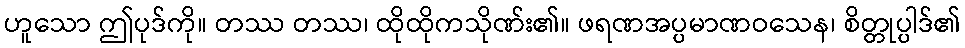
ဟူသော ဤပုဒ်ကို။ တဿ တဿ၊ ထိုထိုကသိုဏ်း၏။ ဖရဏအပ္ပမာဏဝသေန၊ စိတ္တုပ္ပါဒ်၏